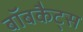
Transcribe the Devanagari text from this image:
बॉबकैट्स